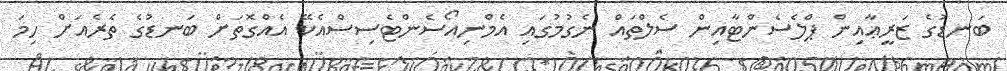
ބަނޑުގެ ޒަރީޢާއިން ޕްލެސެންޓާއިން ސެލްތައް ނެގުމުގައި އެމްނިއޯސެންޓެސިސްއެކޭ އެއްގޮތަށް ބަނޑުގެ ތެރެއަށް ހިމަ